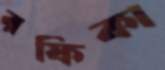
রফিকা